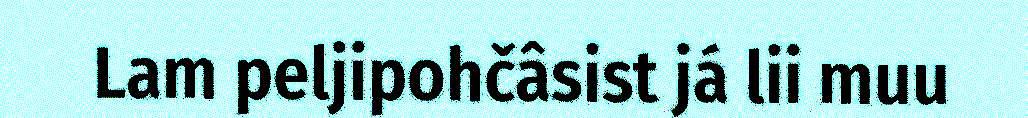
Lam peljipohčâsist já lii muu